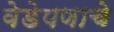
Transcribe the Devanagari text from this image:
वेडेपणाचे